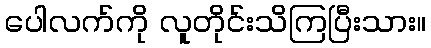
ပေါလက်ကို လူတိုင်းသိကြပြီးသား။